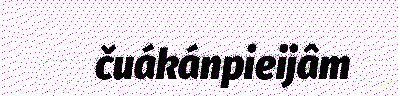
čuákánpieijâm